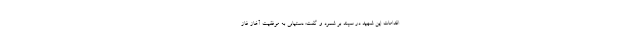
اقدامات این شهید در سپند بر شمرد و گفت: دستیابی به موفقیت آغاز فاز